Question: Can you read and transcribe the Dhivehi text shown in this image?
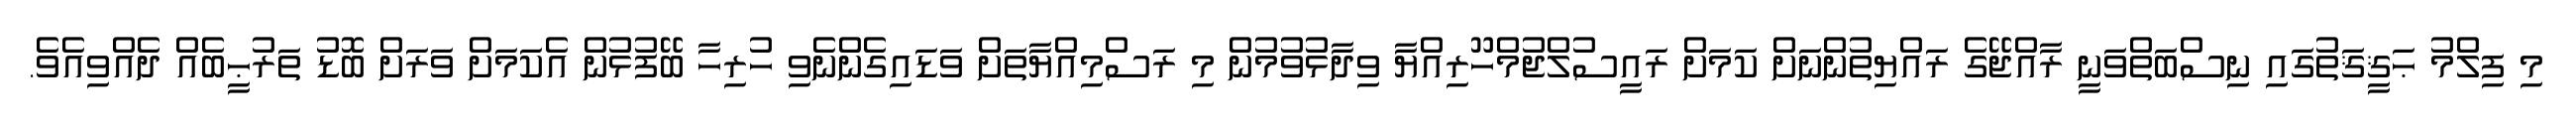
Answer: މި ފިލްމު ޙަޤީޤަތުގައި ނިސްބަތްވަނީ ރާއްޖޭގެ ރައްޔިތުންނަށް ކަމަށް ރައީސުލްޖުމްހޫރިއްޔާ ވިދާޅުވުމުން މި ރަސްމިއްޔާތަށް ވަޑައިގެންނެވި ހުރިހާ ބޭފުޅުން އެކަމަށް ވަރަށް ބޮޑު ތަރުޙީބެއް ދެއްވިއެވެ.